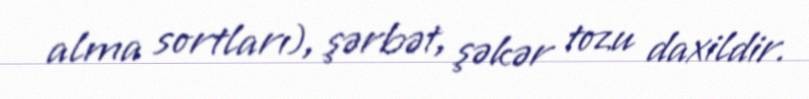
alma sortları), şərbət, şəkər tozu daxildir.